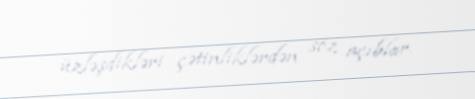
üzləşdikləri çətinliklərdən söz açıblar.